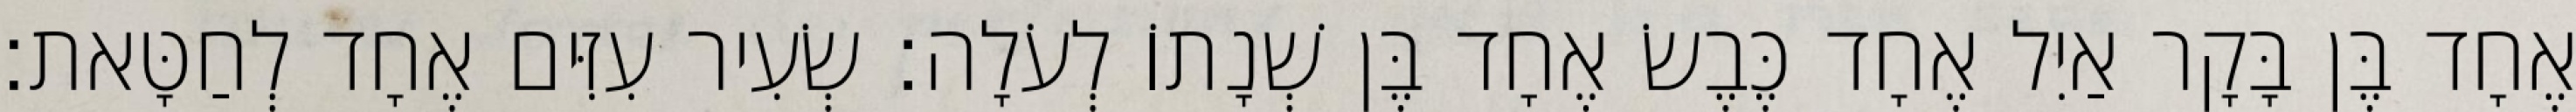
אֶחָד בֶּן בָּקָר אַיִל אֶחָד כֶּבֶשׂ אֶחָד בֶּן שְׁנָתוֹ לְעֹלָה׃ שְׂעִיר עִזִּים אֶחָד לְחַטָּאת׃